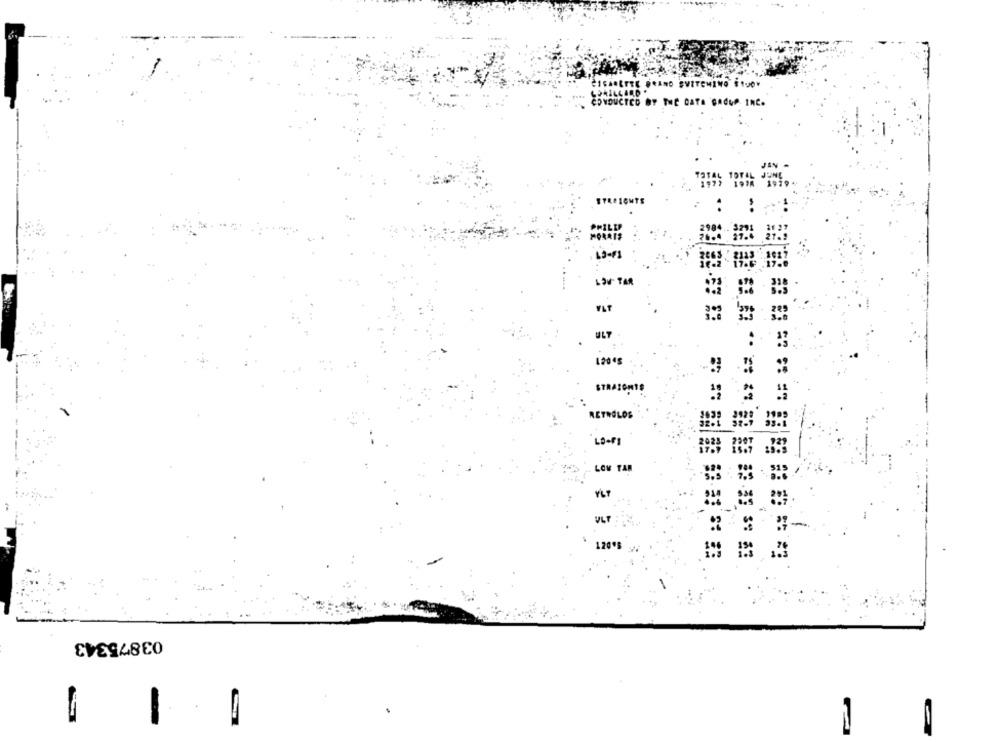
SORTEE PRANO EVITEMINO $100Y
DUCTED BY THE CATA GACUP INC.
..
1200g
STRAIGHTE
RETROLOS
LO-P]
LOW TAR
YLT
ULT
120*]
03875343